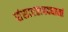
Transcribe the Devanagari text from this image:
संसारतापदघानां